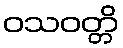
ဝသဝတ္တိ